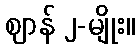
ဈာန် ၂-မျိုး။